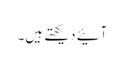
آئیے دیکھتے ہیں۔